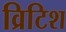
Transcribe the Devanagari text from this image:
व्रिटिश